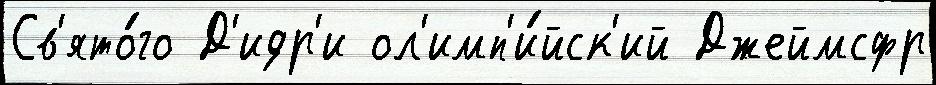
Св'ято́го Д'идр'и ол'имп'и́йск'ий Джеймсфр